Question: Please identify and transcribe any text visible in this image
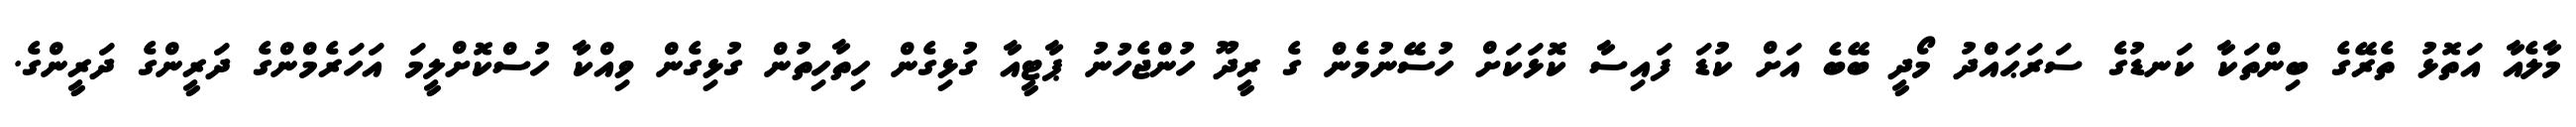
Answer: މާލެއާ އަތޮޅު ތެރޭގެ ބިންތަކާ ކަނޑުގެ ސަރަޙައްދު މޯދީ ބޭބެ އަށް ކުޑަ ފައިސާ ކޮޅަކަށް ހުސޭނުމެން ގެ ރީދޫ ހުންޖެހުނު ޕާޓީއާ ގުޅިގެން ހިތާހިތުން ގުޅިގެން ވިއްކާ ހުސްކޮށްލީމަ އަހަރެމްންގެ ދަރީންގެ ދަރީންގެ.